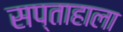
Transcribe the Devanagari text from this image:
सप्ताहाला